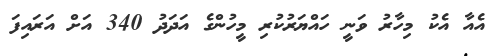
އެއާ އެކު މިހާރު ވަނީ ހައްޔަރުކުރި މީހުންގެ އަދަދު 340 އަށް އަރައިފަ